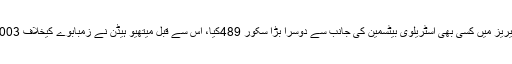
ڈیوڈ وارنر نے 2ٹیسٹ کی سیریز میں کسی بھی آسٹریلوی بیٹسمین کی جانب سے دوسرا بڑا سکور 489کیا، اس سے قبل میتھیو ہیڈن نے زمبابوے کیخلاف 2003میں 501رنز جوڑے تھے۔